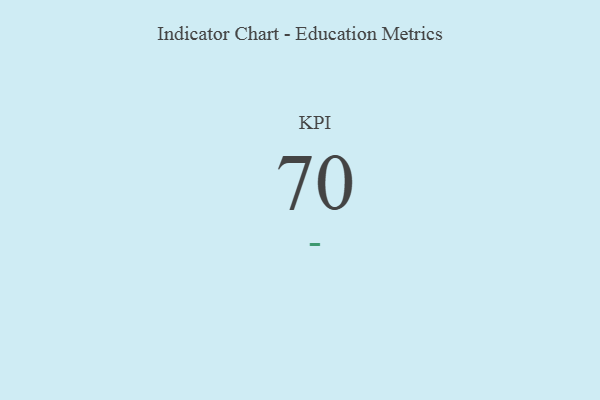
{"axis": {"x": "KPI", "y": "Value"}, "legend": [""], "data": [{"x": "KPI", "y": 70, "type": ""}]}